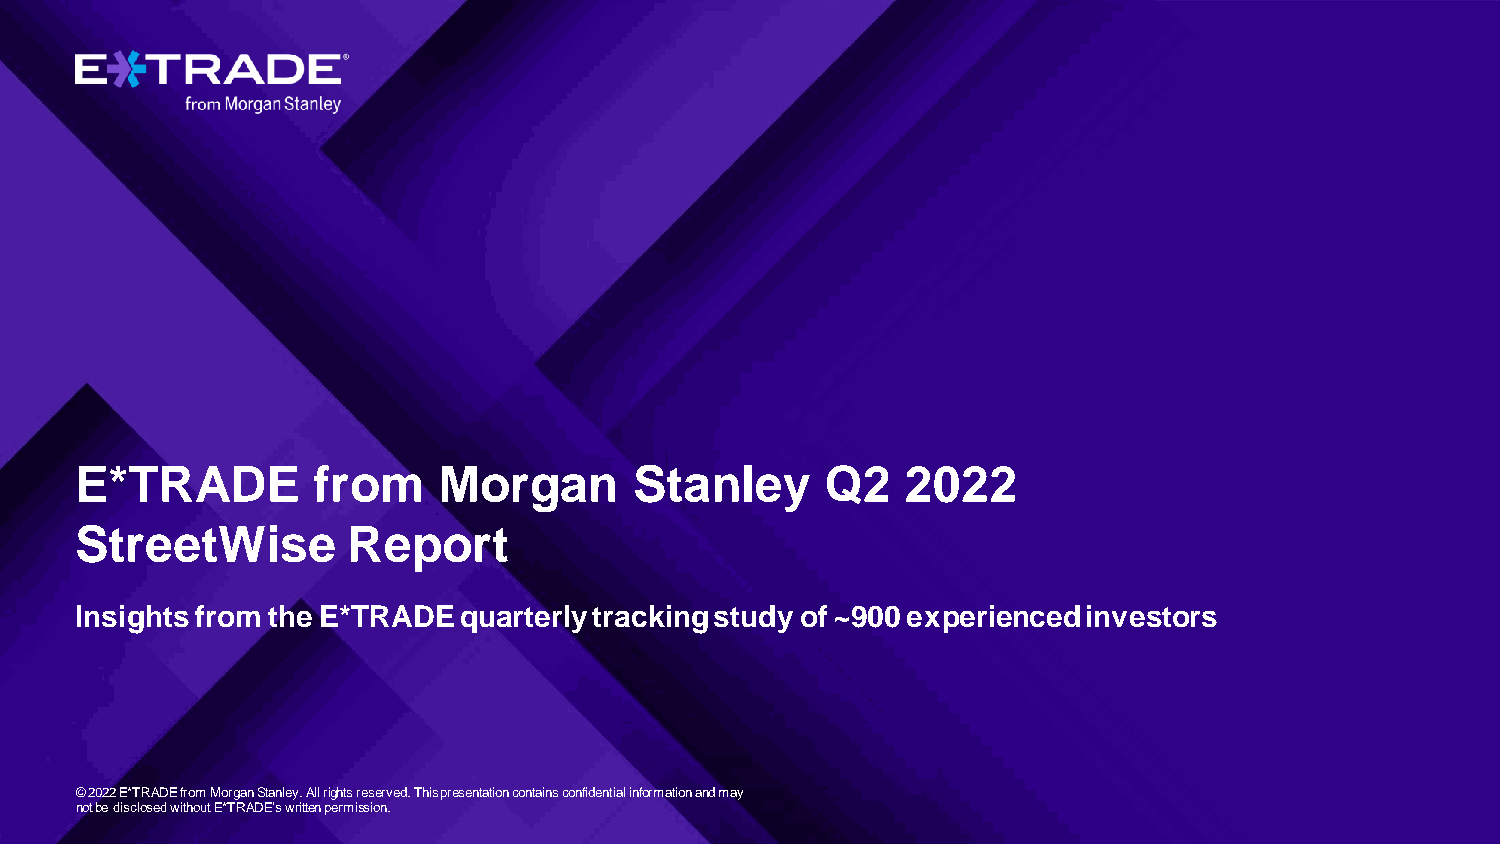
E*TRADE         from    Morgan       Stanley      Q2   2022
 StreetWise        Report
 Insights from the E*TRADE quarterly tracking study of ~900 experienced investors
 © 2022 E*TRADE from Morgan Stanley. All rights reserved.This presentation contains confidential information and may
 not be disclosed without E*TRADE’s written permission.
 E*TRADE FROM MORGAN STANLEY Q2 2022 STREETWISE REPORT                 [FOR INTERNAL USE ONLY] 1